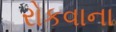
રોકવાના